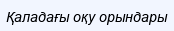
Қаладағы оқу орындары